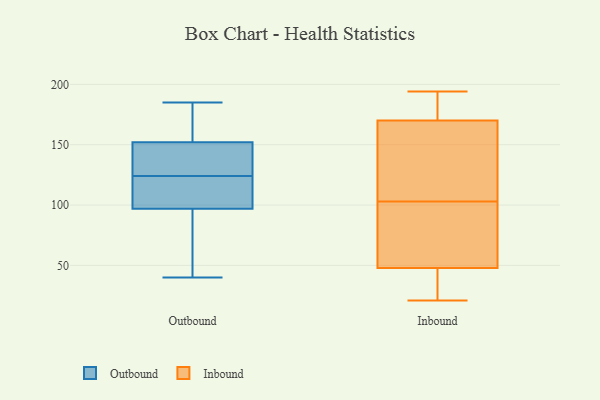
{"axis": {"x": "Backlog", "y": "Value"}, "legend": ["Inbound", "Outbound"], "data": [{"x": "", "y": 60, "type": "Outbound"}, {"x": "", "y": 152, "type": "Outbound"}, {"x": "", "y": 152, "type": "Outbound"}, {"x": "", "y": 111, "type": "Outbound"}, {"x": "", "y": 150, "type": "Outbound"}, {"x": "", "y": 185, "type": "Outbound"}, {"x": "", "y": 97, "type": "Outbound"}, {"x": "", "y": 40, "type": "Outbound"}, {"x": "", "y": 109, "type": "Outbound"}, {"x": "", "y": 137, "type": "Outbound"}, {"x": "", "y": 103, "type": "Inbound"}, {"x": "", "y": 113, "type": "Inbound"}, {"x": "", "y": 191, "type": "Inbound"}, {"x": "", "y": 194, "type": "Inbound"}, {"x": "", "y": 133, "type": "Inbound"}, {"x": "", "y": 42, "type": "Inbound"}, {"x": "", "y": 65, "type": "Inbound"}, {"x": "", "y": 187, "type": "Inbound"}, {"x": "", "y": 23, "type": "Inbound"}, {"x": "", "y": 25, "type": "Inbound"}, {"x": "", "y": 186, "type": "Inbound"}, {"x": "", "y": 100, "type": "Inbound"}, {"x": "", "y": 21, "type": "Inbound"}, {"x": "", "y": 35, "type": "Inbound"}, {"x": "", "y": 68, "type": "Inbound"}, {"x": "", "y": 69, "type": "Inbound"}, {"x": "", "y": 173, "type": "Inbound"}, {"x": "", "y": 161, "type": "Inbound"}, {"x": "", "y": 122, "type": "Inbound"}]}